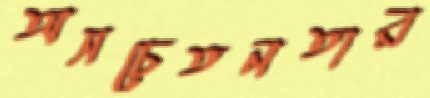
অসচেতনতার